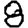
Digit: 8